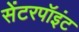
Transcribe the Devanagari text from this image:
सेंटरपॉइंट